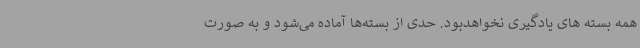
همه بسته های یادگیری نخواهدبود. حدی از بسته‌ها آماده می‌شود و به صورت